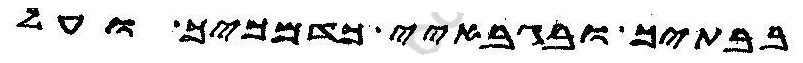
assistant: בבתיך ובגבאיי מדמכיך ועל